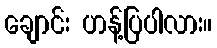
ချောင်း ဟန့်ပြပါလား။